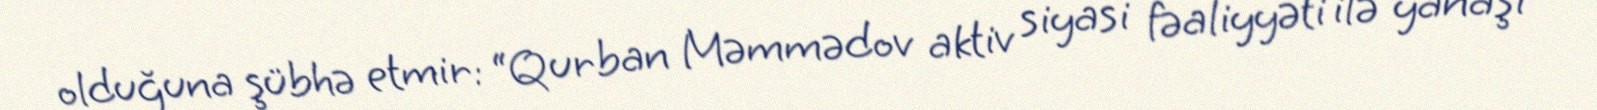
olduğuna şübhə etmir: “Qurban Məmmədov aktiv siyasi fəaliyyəti ilə yanaşı